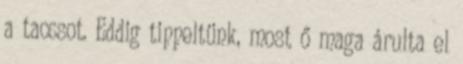
a taccsot. Eddig tippeltünk, most ő maga árulta el